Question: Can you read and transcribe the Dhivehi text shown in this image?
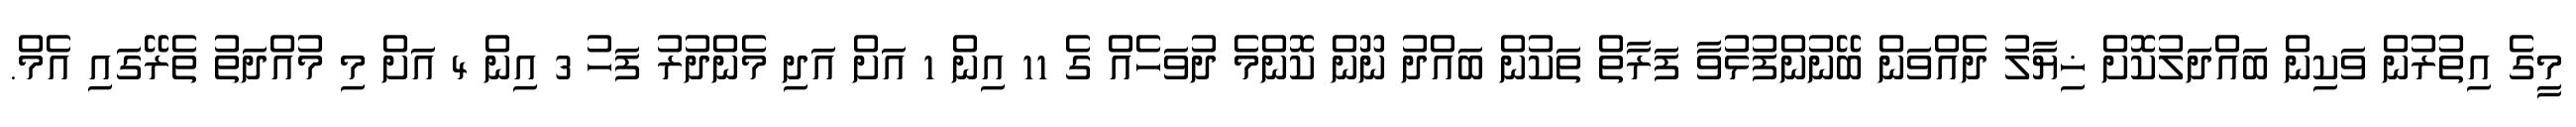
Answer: މީގެ އިތުރުން ވަކިން ބައްދަލުކޮށް ޚިޔާލު ދެއްވަން ބޭނުންފުޅުވާ ފަރާތް ތަކުން ބައްދު ނޫން ކޮންމެ ދުވަހެއް ގެ 11 އިން 1 އަށް އަދި މެންދުރު ފަހު 3 އިން 4 އަށް މި މުއްދަތު ތެރޭގައި އެމް.